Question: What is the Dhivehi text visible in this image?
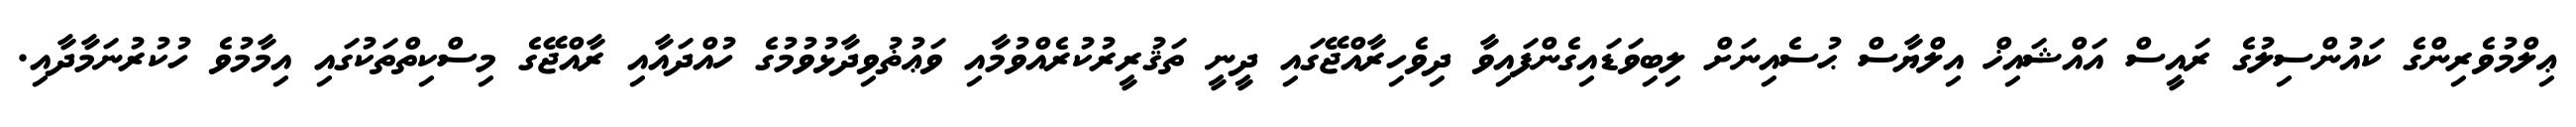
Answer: ޢިލްމުވެރިންގެ ކައުންސިލުގެ ރައީސް އައްޝައިޚް އިލްޔާސް ޙުސެއިނަށް ލިބިވަޑައިގެންފައިވާ ދިވެހިރާއްޖޭގައި ދީނީ ތަޤުރީރުކުރެއްވުމާއި ވަޢުޡުވިދާޅުވުމުގެ ހުއްދައާއި ރާއްޖޭގެ މިސްކިތްތަކުގައި އިމާމުވެ ހުކުރުނަމާދާއި.